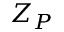
Z _ { P }